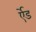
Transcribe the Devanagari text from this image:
र्एेड